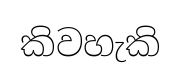
කිවහැකි